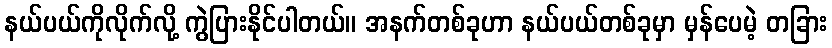
နယ်ပယ်ကိုလိုက်လို့ ကွဲပြားနိုင်ပါတယ်။ အနက်တစ်ခုဟာ နယ်ပယ်တစ်ခုမှာ မှန်ပေမဲ့ တခြား